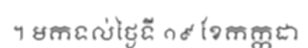
។ មកទល់ថ្ងៃទី ១៩ ខែកក្កដា